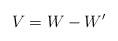
LaTeX: \begin{align*} V=W-W' \end{align*}